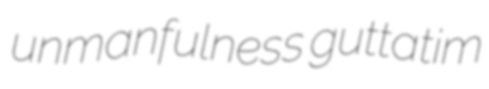
unmanfulness guttatim